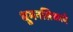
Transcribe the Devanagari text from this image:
धूमनलिकाएँ